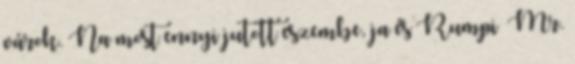
várok. Na most ennyi jutott eszembe, ja és Rumpi Mr.